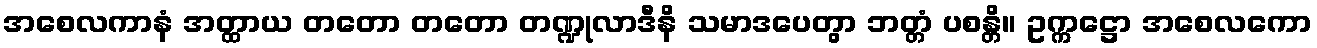
အစေလကာနံ အတ္ထာယ တတော တတော တဏ္ဍုလာဒီနိ သမာဒပေတွာ ဘတ္တံ ပစန္တိ။ ဥက္ကဋ္ဌော အစေလကော